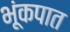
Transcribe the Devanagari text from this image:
भूंकपात